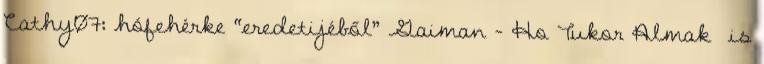
Cathy07: hófehérke “eredetijéből” Gaiman - Ho Tukor Almak is